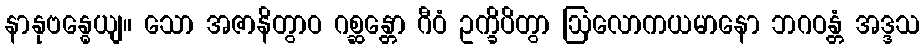
နာနုဗန္ဓေယျ။ သော အဇာနိတွာဝ ဂစ္ဆန္တော ဂီဝံ ဥက္ခိပိတွာ ဩလောကယမာနော ဘဂဝန္တံ အဒ္ဒသ